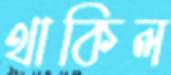
থাকিল